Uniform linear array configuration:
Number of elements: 24
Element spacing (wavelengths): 1
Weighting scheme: exponential
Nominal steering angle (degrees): -15
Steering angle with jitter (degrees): -13.847
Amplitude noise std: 0.05
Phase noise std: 0.05

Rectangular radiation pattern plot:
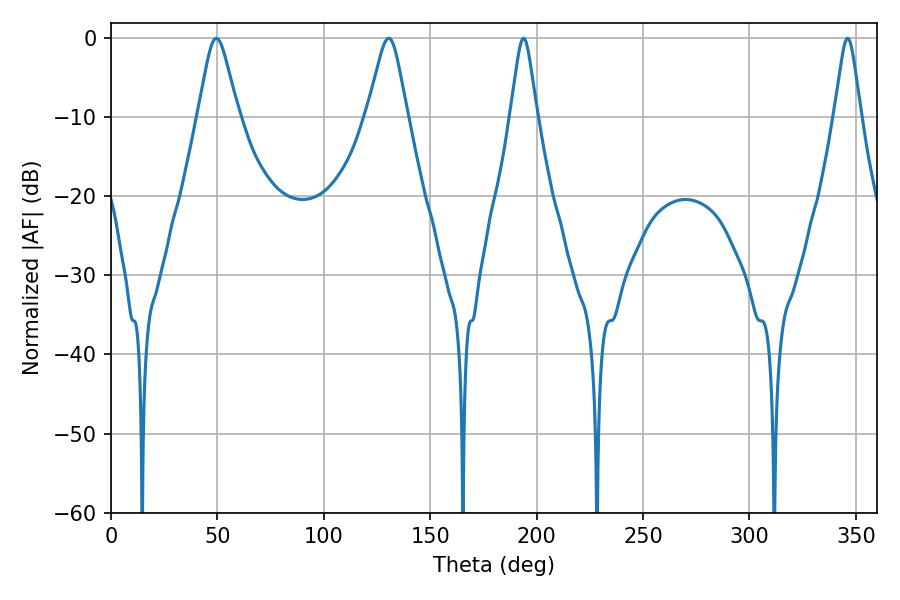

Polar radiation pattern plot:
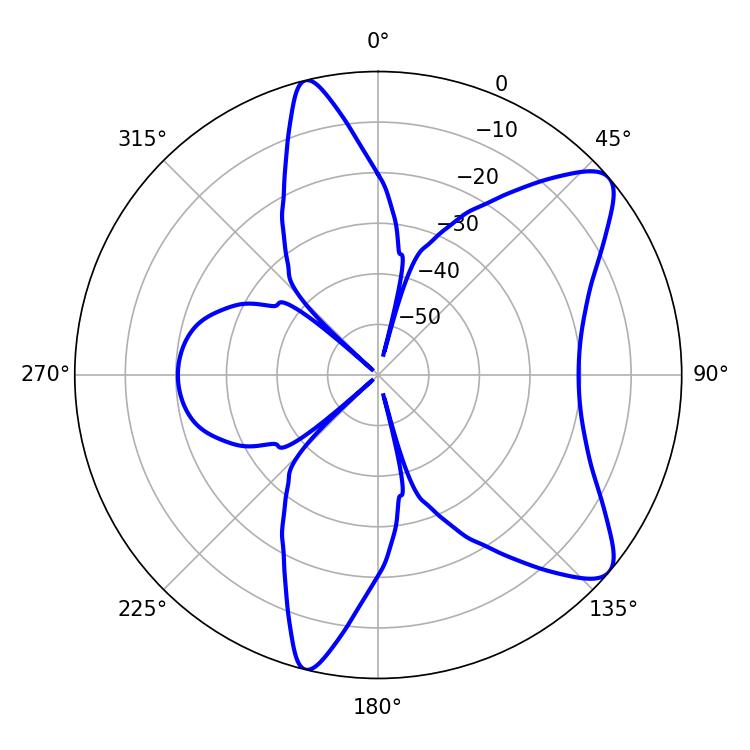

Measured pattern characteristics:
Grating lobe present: TRUE
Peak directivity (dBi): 9.245
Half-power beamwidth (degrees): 9
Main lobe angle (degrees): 49.5